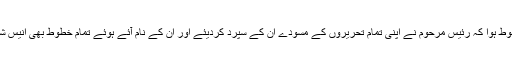
احترام کا یہ رشتہ اس قدر مضبوط ہوا کہ رئیس مرحوم نے اپنی تمام تحریروں کے مسودے ان کے سپرد کردیئے اور ان کے نام آئے ہوئے تمام خطوط بھی انیس شاہ جیلانی کے پاس محفوظ ہیں۔